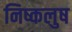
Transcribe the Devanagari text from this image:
निष्कलुष